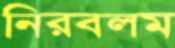
নিরবলম